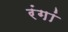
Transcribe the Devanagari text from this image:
रंगां